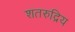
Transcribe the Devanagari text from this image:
शतरुद्रिय